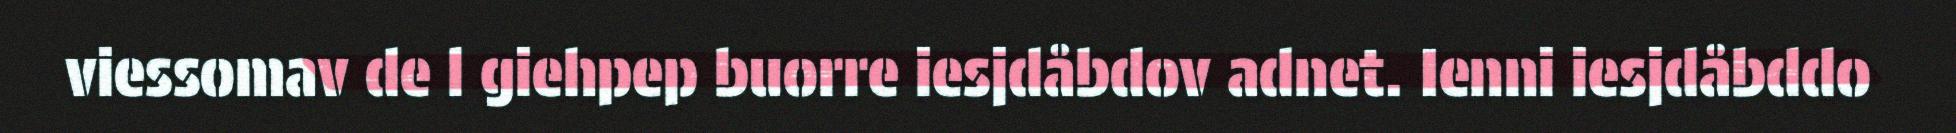
viessomav de l giehpep buorre iesjdåbdov adnet. Ienni iesjdåbddo